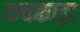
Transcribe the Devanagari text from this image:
कचकाड़ा